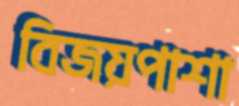
বিজয়পাশা